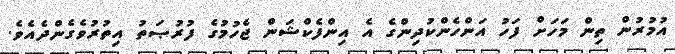
އުމުރުން ތިން މަހަށް ފަހު އަންހެންކުދިންގެ އެ އިންފެކްޝަން ޖެހުމުގެ ފުރުޞަތު އިތުރުވެގެންދެއެވެ.